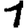
Digit: 1